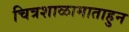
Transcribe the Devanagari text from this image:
चित्रशाळामाताहुन